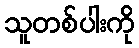
သူတစ်ပါးကို